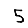
Digit: 5